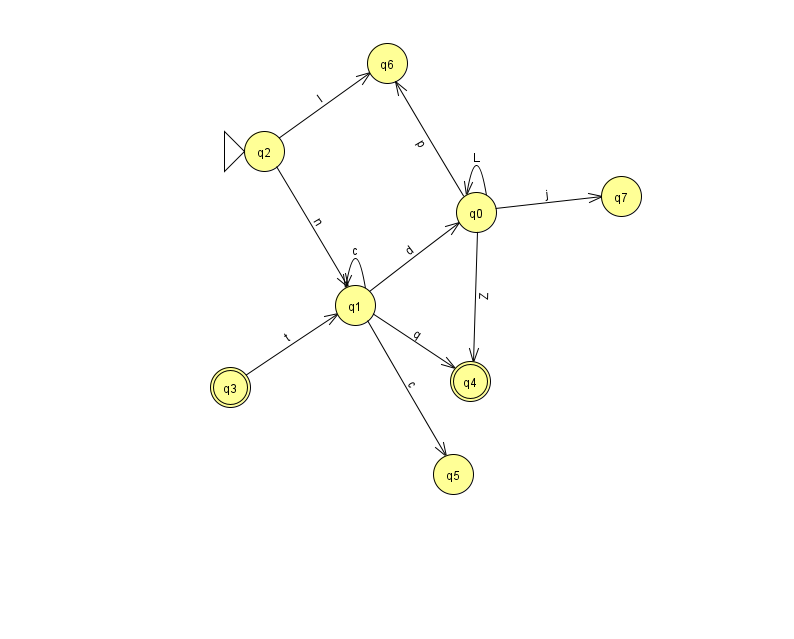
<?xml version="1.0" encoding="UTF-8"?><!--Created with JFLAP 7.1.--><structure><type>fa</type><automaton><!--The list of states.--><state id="0" name="q0"><x>476.0</x><y>199.0</y></state><state id="1" name="q1"><x>355.0</x><y>292.0</y></state><state id="2" name="q2"><x>264.0</x><y>138.0</y><initial/></state><state id="3" name="q3"><x>230.0</x><y>374.0</y><final/></state><state id="4" name="q4"><x>470.0</x><y>368.0</y><final/></state><state id="5" name="q5"><x>453.0</x><y>461.0</y></state><state id="6" name="q6"><x>387.0</x><y>50.0</y></state><state id="7" name="q7"><x>621.0</x><y>183.0</y></state><!--The list of transitions.--><transition><from>0</from><to>7</to><read>j</read></transition><transition><from>3</from><to>1</to><read>t</read></transition><transition><from>1</from><to>1</to><read>c</read></transition><transition><from>2</from><to>1</to><read>n</read></transition><transition><from>1</from><to>4</to><read>q</read></transition><transition><from>1</from><to>0</to><read>d</read></transition><transition><from>1</from><to>5</to><read>c</read></transition><transition><from>2</from><to>6</to><read>l</read></transition><transition><from>0</from><to>0</to><read>L</read></transition><transition><from>0</from><to>4</to><read>Z</read></transition><transition><from>0</from><to>6</to><read>p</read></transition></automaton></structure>